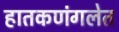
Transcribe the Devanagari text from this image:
हातकणंगलेत